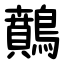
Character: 䴅